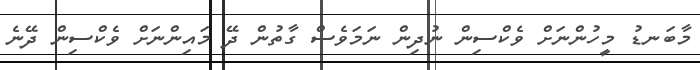
މާބަނޑު މީހުންނަށް ވެކްސިން ނުދިން ނަމަވެސް ގާތުން ދޭ މައިންނަށް ވެކްސިން ދޭނެ